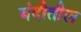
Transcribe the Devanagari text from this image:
बंदीतील